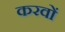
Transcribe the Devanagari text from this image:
करवों